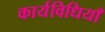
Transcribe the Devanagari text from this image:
कार्यविधियाँ